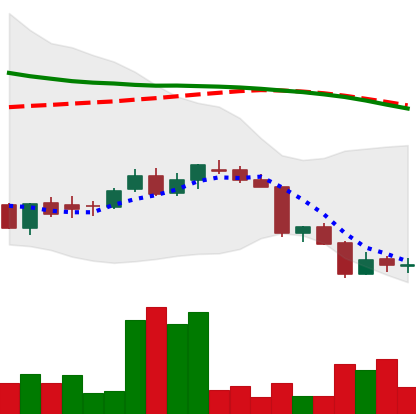
Ticker: DOGE-USD
Chart end date: 2018-06-16
Forward return: 3.212%
Label: up_3_5